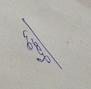
Signature authenticity: genuine